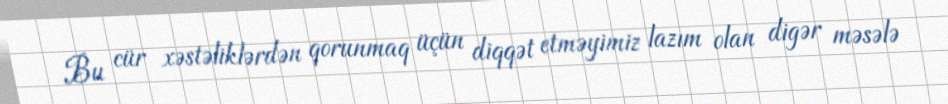
Bu cür xəstəliklərdən qorunmaq üçün diqqət etməyimiz lazım olan digər məsələ